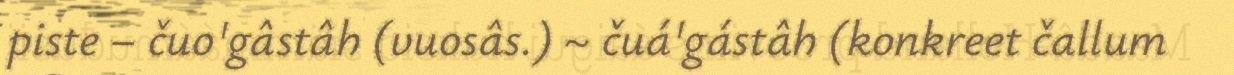
piste – čuo'gâstâh (vuosâs.) ~ čuá'gástâh (konkreet čallum